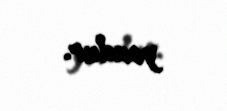
yoxdur.